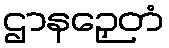
ဌာနဉှေတံ